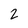
Character: 2